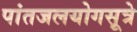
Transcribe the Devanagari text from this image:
पांतजलयोगसूत्रे